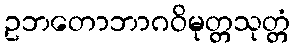
ဥဘတောဘာဂဝိမုတ္တသုတ္တံ